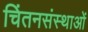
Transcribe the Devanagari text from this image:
चिंतनसंस्थाओं